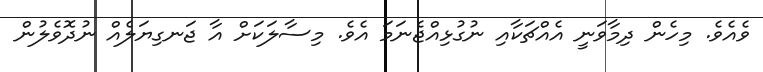
ވެއެވެ. މިހެން ދިމާވަނީ އެއްޗަކާއި ނުގުޅިއްޖެނަމަ އެވެ. މިސާލަކަށް އާ ޖަނގިޔަލެއް ނުދޮވެލުން